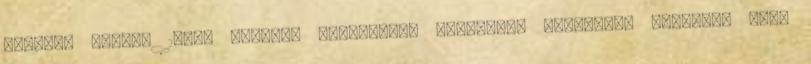
Megaera dátum: 16:44 Címkék: körömlakk, lakkozás, mani-acs, manikűr, pasi